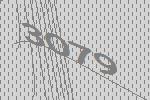
3079